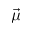
\vec { \mu }